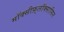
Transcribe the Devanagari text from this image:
मॉक्सीफ़्लॉक्सासिन